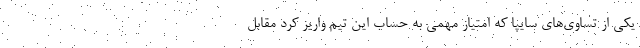
یکی از تساوی‌های سایپا که امتیاز مهمی به حساب این تیم واریز کرد مقابل